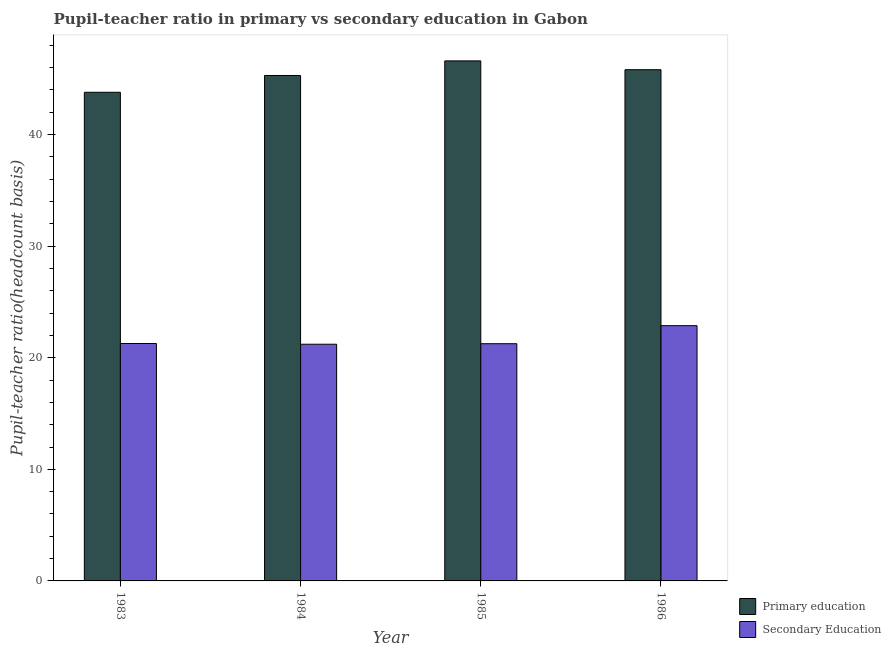
| Year | Primary education | Secondary Education |
 | --- | --- | --- |
 | 1983 | 43.8 | 21.3 |
 | 1984 | 45.3 | 21.2 |
 | 1985 | 46.6 | 21.3 |
 | 1986 | 45.8 | 22.9 |